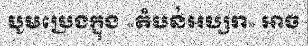
បូមប្រេងក្នុង «តំបន់អប្សរា» អាច